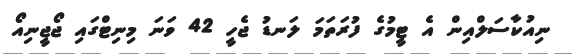
ނިއުކާސަލްއިން އެ ޓީމުގެ ފުރަތަމަ ލަނޑު ޖެހީ 42 ވަނަ މިނިޓްގައި ޖޯޖީނިއޯ